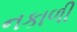
નકાળી